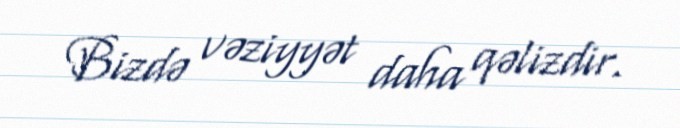
Bizdə vəziyyət daha qəlizdir.